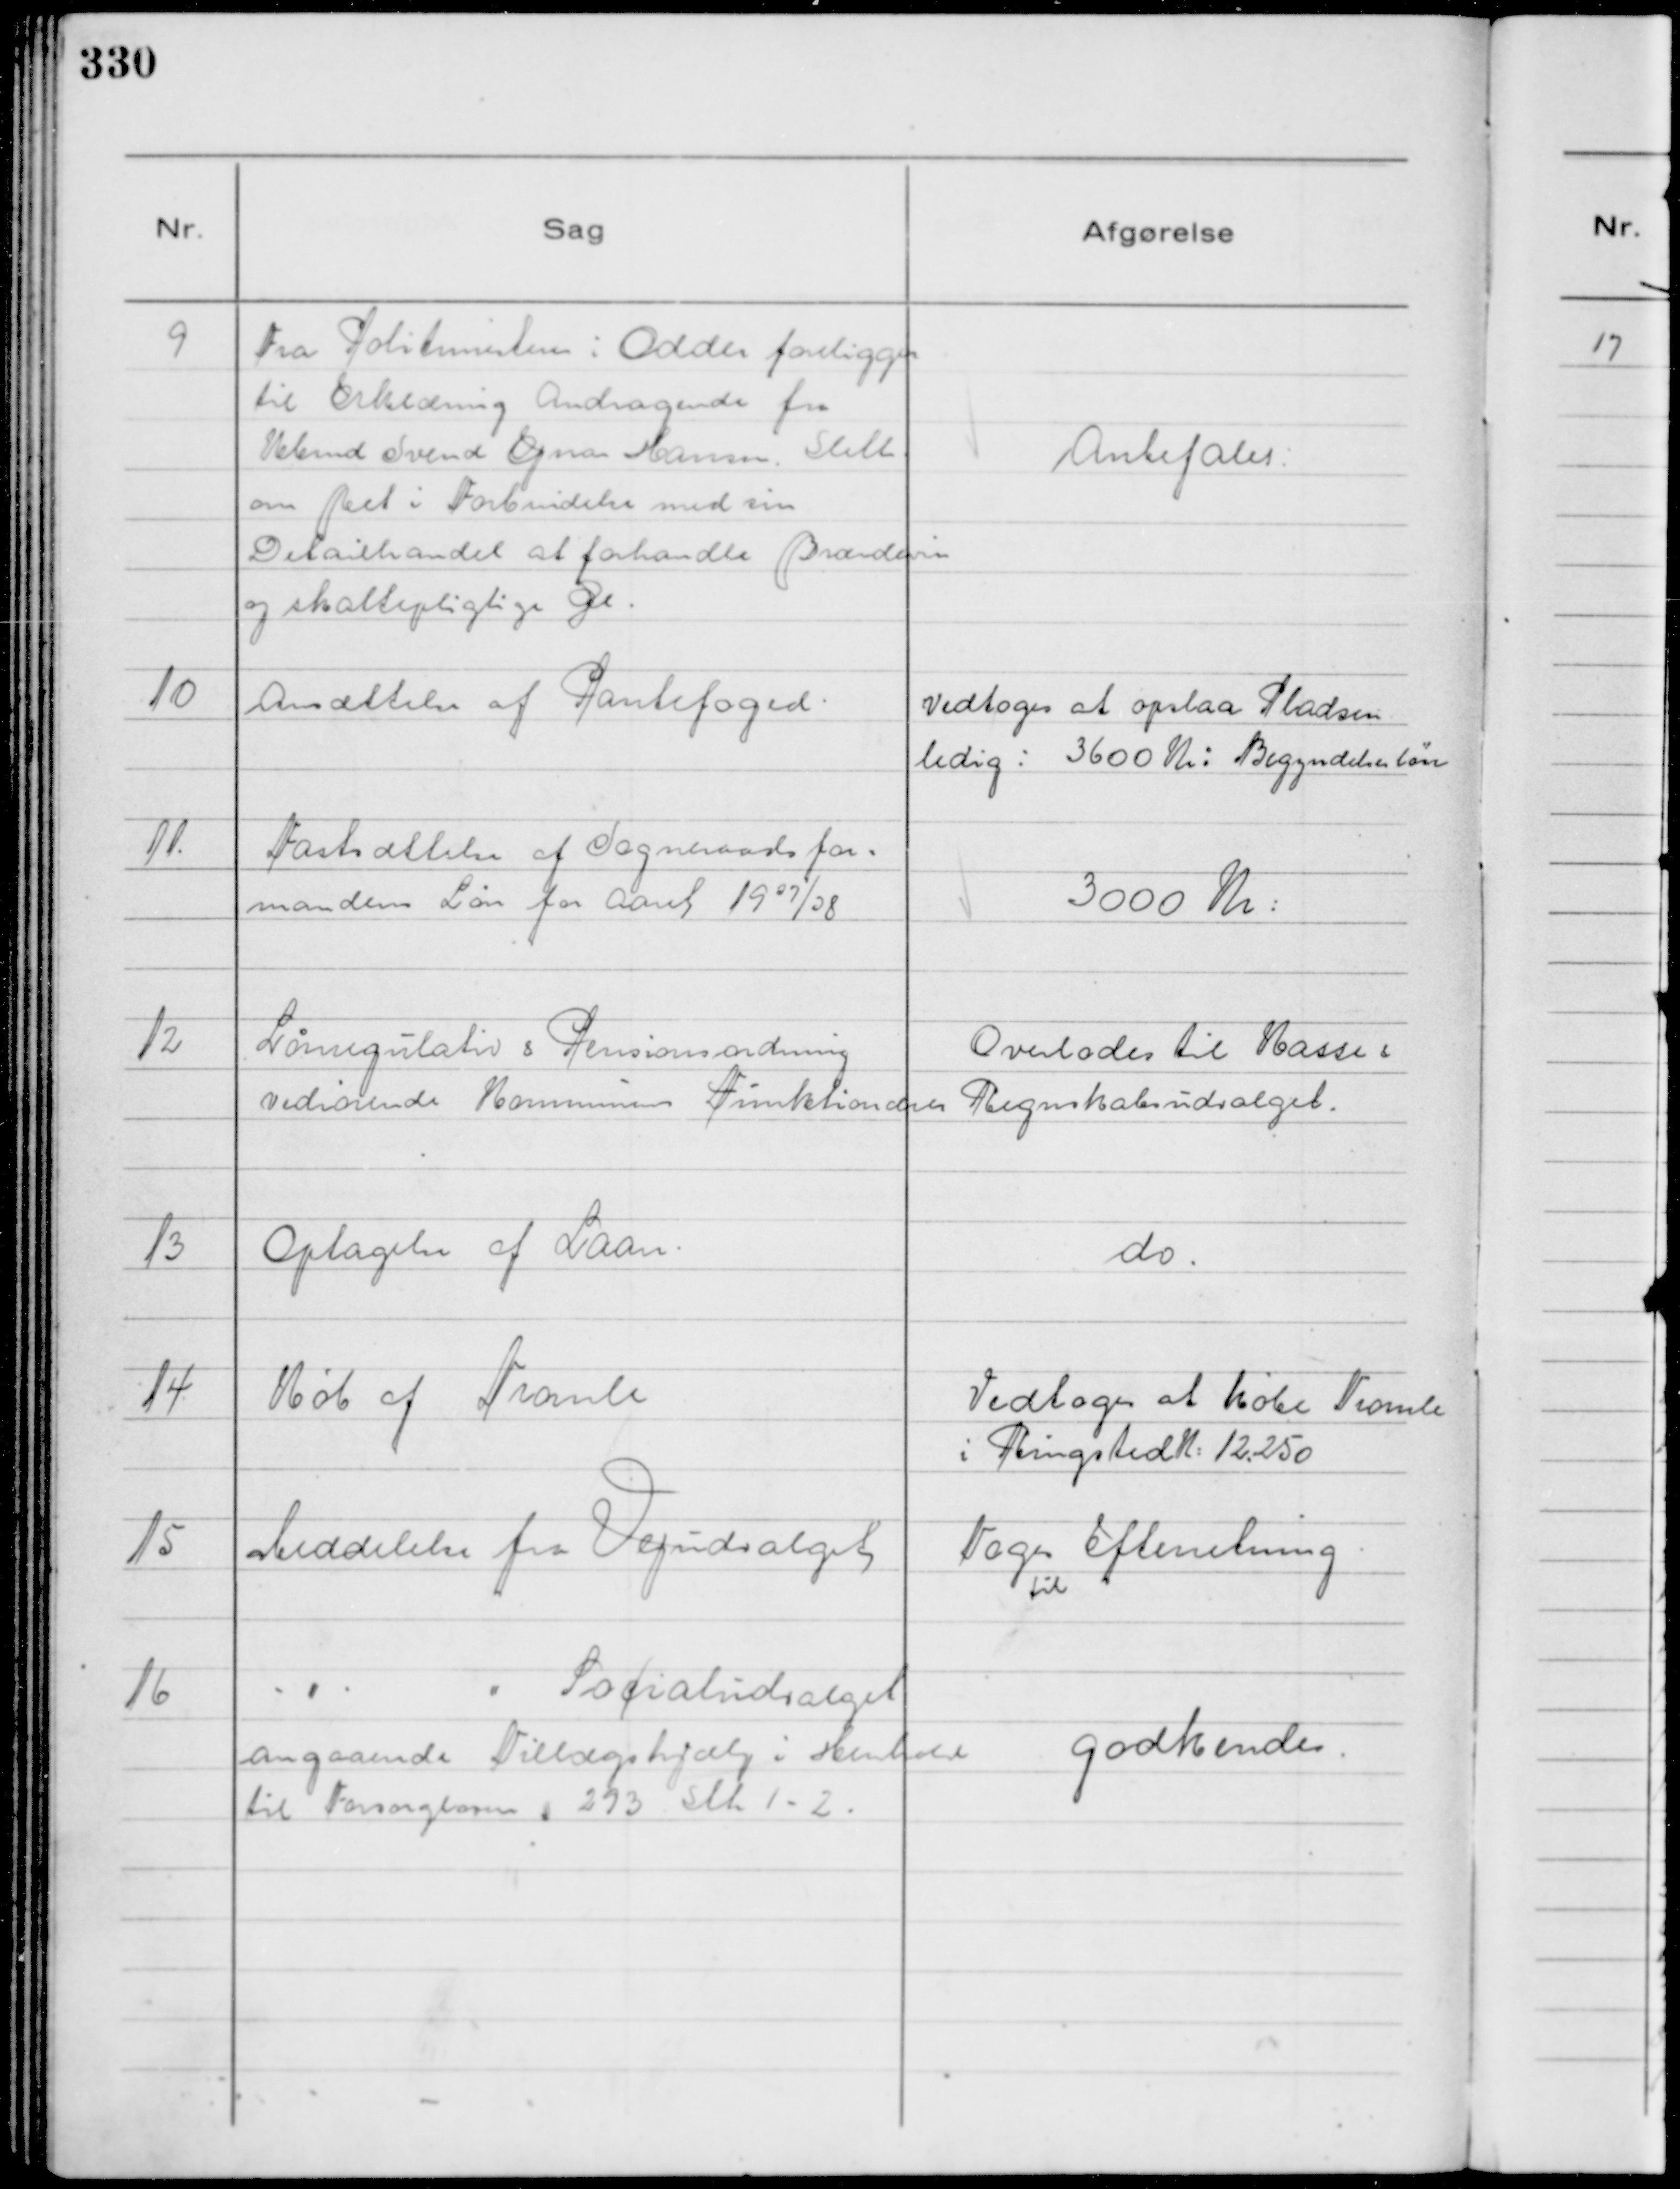
Transskription:
9
Fra Politimesteren i Odder foreligger
til Erklæring Andragende fra
Kbmd Svend Ejnar Hansen, Sleth
om Ret i Forbindelse med sin
Detailhandel at forhandle Brændevin
og skattepligtige Øl.

Anbefales:

10
Ansættelse af Pantefoged.

Vedtoges at opslaa Pladsen
ledig : 3600 Kr i Begyndelsesløn

11.
Fastsættelse af Sogneraadsfor=
mandens Løn for Aaret 19 37/38

3000 Kr:

12
Lønregulativ & Pensionsordning
vedrørende Kommunens Funktionærer

Overlodes til Kasse &
Regnskabsudvalget.

13
Optagelse af Laan.

do.

14
Køb af Tromle

Vedtoges at købe Tromle
i Ringsted K: 12.250

15
Meddelelse fra Vejudvalget

Toges
til
Efterretning

16
- " -
" Socialudvalget
angaaende Tillægshjælp i Henhold
til Forsorgloven § 293 stk 1 -2.

godkendes.